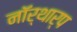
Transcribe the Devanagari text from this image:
नॉर्थार्प